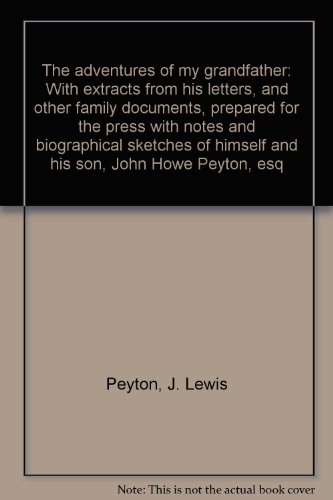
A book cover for The adventures of my grandfather: With extracts from his letters, and other family documents, prepared for the press with notes and biographical sketches of himself and his son, John Howe Peyton, esq; J. Lewis Peyton; Travel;